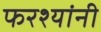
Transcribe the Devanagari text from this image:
फरश्यांनी